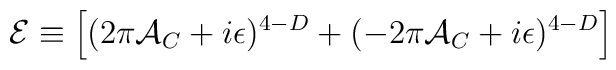
{\cal E} \equiv \Bigl[(2 \pi {\cal A}_C + i \epsilon)^{4-D}+(- 2\pi {\cal A}_C + i \epsilon)^{4-D}\Bigr]